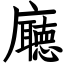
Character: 廰